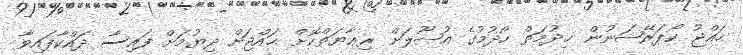
ޙައްޖު ކޯޕަރޭޝަނުން ޚިދުމަތް ހޯދުމުގެ އުޞޫލަށް ރިޢާޔަތްކޮށް ޙައްޖަށް ދިޔުމަށް ފައިސާ ދައްކާފައިވާ